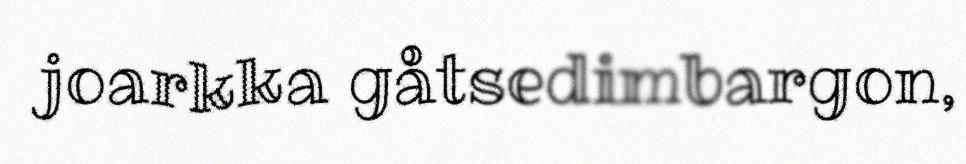
joarkka gåtsedimbargon,